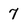
Character: 7